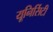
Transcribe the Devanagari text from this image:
यूनिर्सिटी